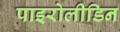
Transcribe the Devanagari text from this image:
पाइरोलीडिन